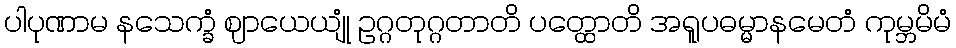
ပါပုဏာမ နသေက္ခံ ဈာယေယျုံ ဥဂ္ဂတုဂ္ဂတာတိ ပတ္ထောတိ အရူပဓမ္မာနမေတံ ကုမ္ဘမိမံ